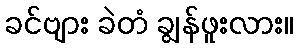
ခင်ဗျား ခဲတံ ချွန်ဖူးလား။